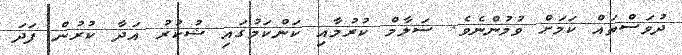
ދުވަސްތައް ކަމަށް ވުމުންނެވެ. ސަލާމް ކުރުމާއި ކަންކަމުގައި ޝުކުރު އަދާ ކުރުން ފަދަ